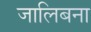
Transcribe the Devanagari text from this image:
जालिबना